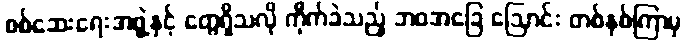
စစ်ဆေးရေးအဖွဲ့နှင့် တွေရှိသလို ကိုက်ခဲသည့် ဘဝအခြေ ဩောင်း တစ်နှစ်ကြာမှ